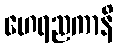
ဟေရညကာနိ